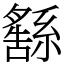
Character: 𦅚